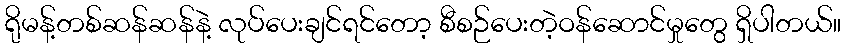
ရိုမန့်တစ်ဆန်ဆန်နဲ့ လုပ်ပေးချင်ရင်တော့ စီစဉ်ပေးတဲ့ဝန်ဆောင်မှုတွေ ရှိပါတယ်။